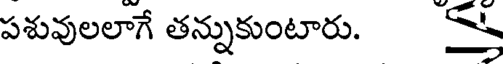
పశువులలాగే తన్నుకుంటారు.